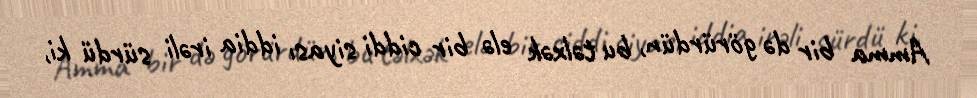
Amma bir də görürdün, bu təlxək elə bir ciddi siyası iddia irəli sürdü ki,